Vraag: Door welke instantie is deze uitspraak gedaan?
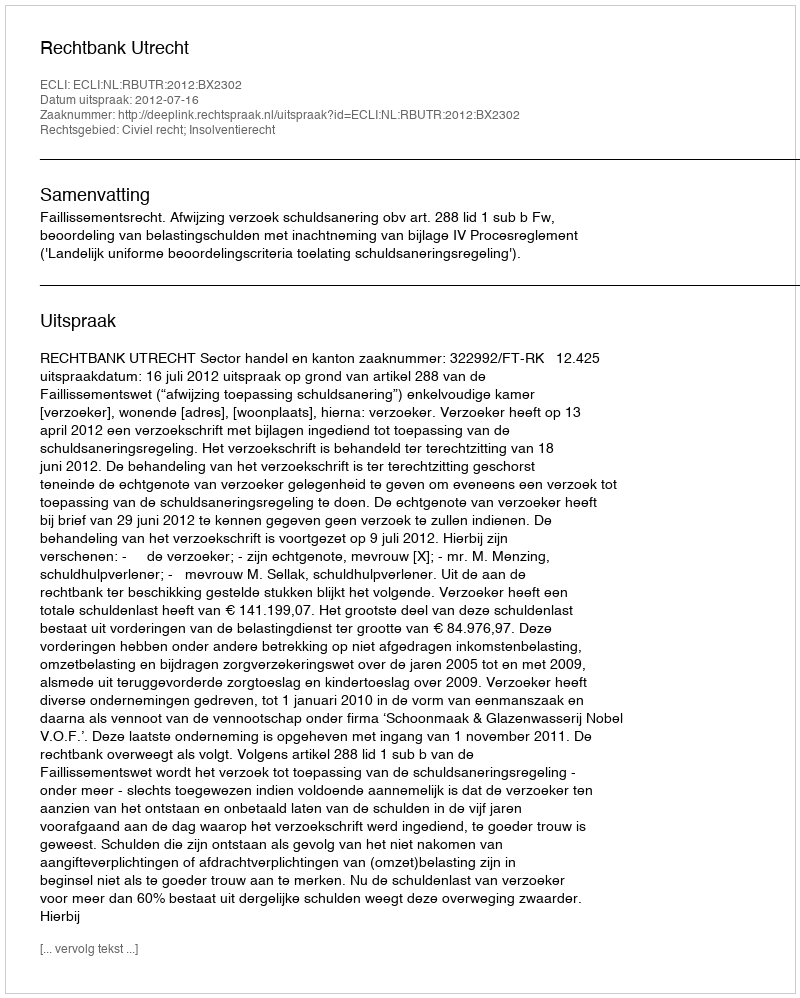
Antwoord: Rechtbank Utrecht